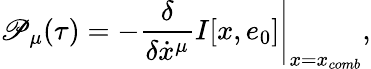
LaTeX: \mathscr{P}_{\mu}(\tau)=-\left.\frac{{\delta}}{{\delta\dot{{x}}^{\mu}}}I[x,e_{0}]\right\vert_{x=x_{comb}},